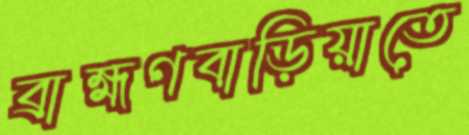
ব্রাহ্মণবাড়িয়াতে